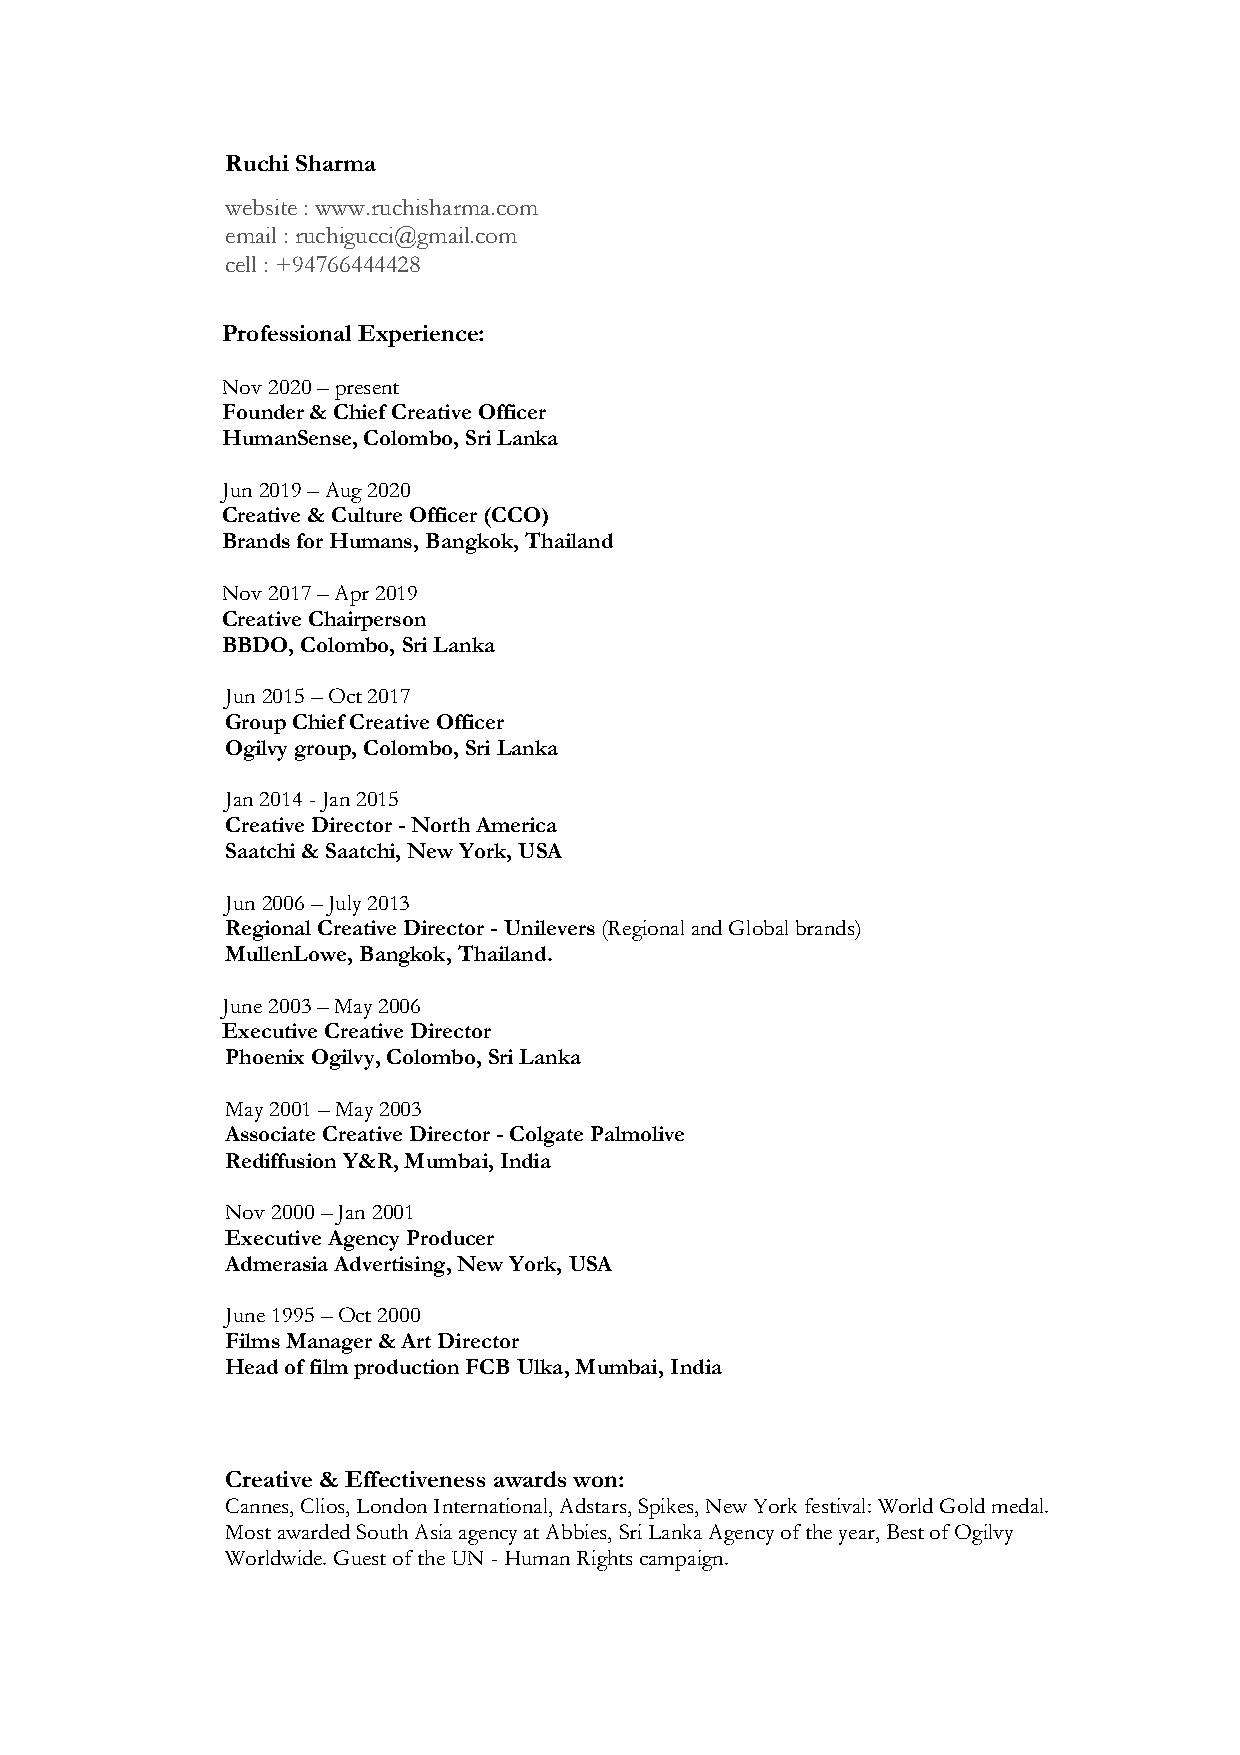
Ruchi Sharma
 website : www.ruchisharma.com
 email : ruchigucci@gmail.com
 cell : +94766444428
 Professional Experience:
 Nov 2020 – present
 Founder & Chief Creative Officer
 HumanSense, Colombo, Sri Lanka
 Jun 2019 – Aug 2020
 Creative & Culture Officer (CCO)
 Brands for Humans, Bangkok, Thailand
 Nov 2017 – Apr 2019
 Creative Chairperson
 BBDO, Colombo, Sri Lanka
 Jun 2015 – Oct 2017
 Group Chief Creative Officer
 Ogilvy group, Colombo, Sri Lanka
 Jan 2014 - Jan 2015
 Creative Director - North America
 Saatchi & Saatchi, New York, USA
 Jun 2006 – July 2013
 Regional Creative Director - Unilevers (Regional and Global brands)
 MullenLowe, Bangkok, Thailand.
 June 2003 – May 2006
 Executive Creative Director
 Phoenix Ogilvy, Colombo, Sri Lanka
 May 2001 – May 2003
 Associate Creative Director - Colgate Palmolive
 Rediffusion Y&R, Mumbai, India
 Nov 2000 – Jan 2001
 Executive Agency Producer
 Admerasia Advertising, New York, USA
 June 1995 – Oct 2000
 Films Manager & Art Director
 Head of film production FCB Ulka, Mumbai, India
 Creative & Effectiveness awards won:
 Cannes, Clios, London International, Adstars, Spikes, New York festival: World Gold medal.
 Most awarded South Asia agency at Abbies, Sri Lanka Agency of the year, Best of Ogilvy
 Worldwide. Guest of the UN - Human Rights campaign.